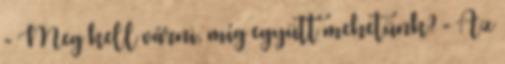
- Meg kell várni, míg együtt mehetünk? - Az